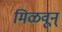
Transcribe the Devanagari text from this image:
मिळवून्